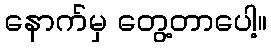
နောက်မှ တွေ့တာပေါ့။